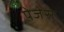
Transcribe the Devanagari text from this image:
पेजेस्